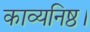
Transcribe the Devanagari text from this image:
काव्यनिष्ठ।